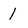
Character: 1